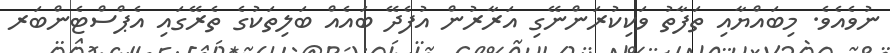
ނުވެއެވެ. މިބައްޔާއި ތަފާތު ވަކިކުރަންނޭގި އަރާރުން އުފެދޭ ބައެއް ބަލިތަކުގެ ތެރޭގައި އެޕްސްޓެންބަރ